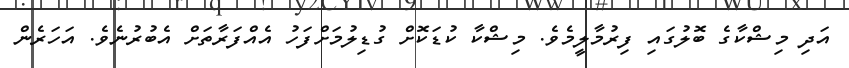
އަދި މިޝްކާގެ ބޮލުގައި ފިރުމާލީމެވެ. މިޝްކާ ކުޑަކޮށް ގުޑިލުމަށްފަހު އެއްފަރާތަށް އެބުރުނެވެ. އަހަރެން